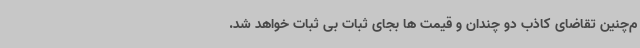
م‌چنین تقاضای کاذب دو چندان و قیمت ها بجای ثبات بی ثبات خواهد شد.